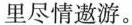
里尽情遨游。